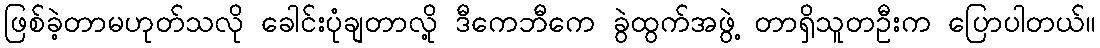
ဖြစ်ခဲ့တာမဟုတ်သလို ခေါင်းပုံချတာလို့ ဒီကေဘီကေ ခွဲထွက်အဖွဲ့ တာရှိသူတဦးက ပြောပါတယ်။